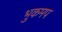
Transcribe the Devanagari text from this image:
भुकमप